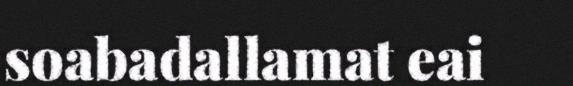
soabadallamat eai